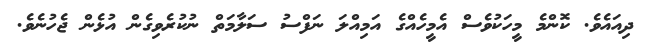
ދިއައެވެ. ކޮންމެ މީހަކުވެސް އެމީހެއްގެ އަމިއްލަ ނަފްސު ސަލާމަތް ނުކުރެވިގެން އުޅެން ޖެހުނެވެ.